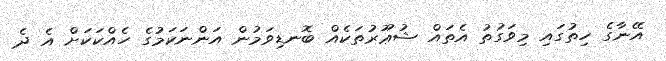
އޭނާގެ ހިތުގައި މިވަގުތު އެތައް ޝުޢޫރުތަކެއް ބޮނޑިވަމުން އަންނަކަމުގެ ހެއްކަކަށް އެ ދެ